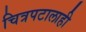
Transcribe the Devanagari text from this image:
चित्रपटालाही